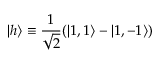
| h \rangle \equiv \frac { 1 } { \sqrt { 2 } } ( | 1 , 1 \rangle - | 1 , - 1 \rangle )